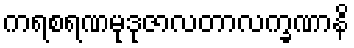
ကရစရဏမုဒုဇာလတာလက္ခဏာနိ